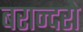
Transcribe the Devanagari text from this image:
बरान्दरो